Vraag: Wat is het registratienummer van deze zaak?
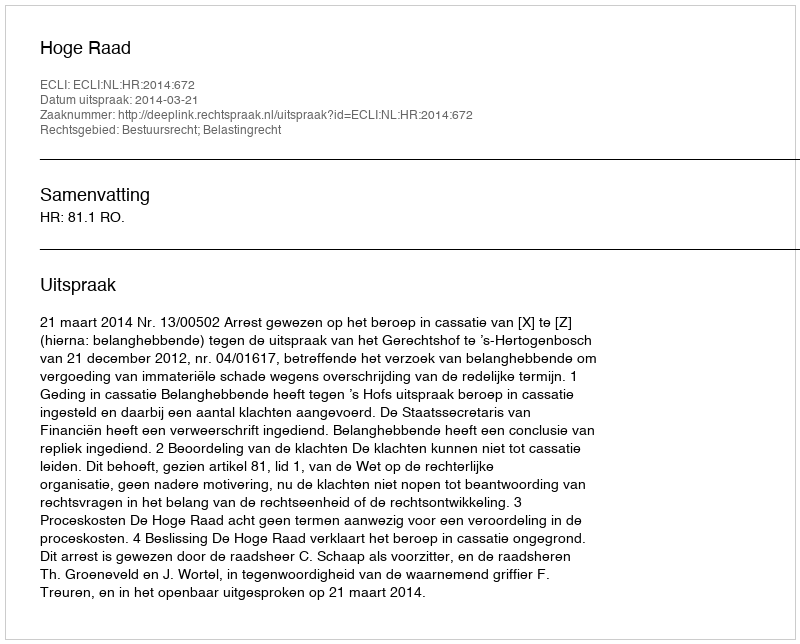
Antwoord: http://deeplink.rechtspraak.nl/uitspraak?id=ECLI:NL:HR:2014:672